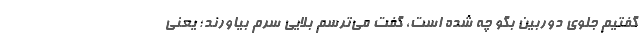
گفتیم جلوی دوربین بگو چه شده است، گفت می‌ترسم بلایی سرم بیاورند؛ یعنی